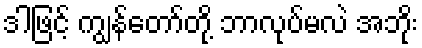
ဒါဖြင့် ကျွန်တော်တို့ ဘာလုပ်မလဲ အဘိုး